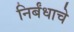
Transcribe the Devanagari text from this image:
निर्बंधाचे